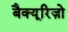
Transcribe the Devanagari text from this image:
बैक्यूरिज़ो